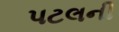
પટલની